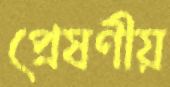
প্রেষণীয়